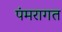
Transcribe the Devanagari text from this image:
पंमरागत